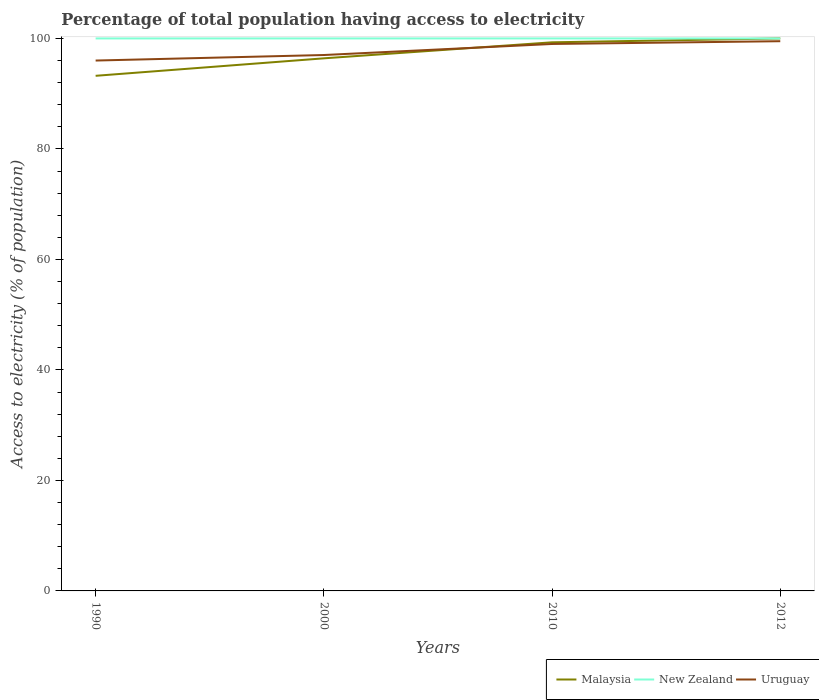
| Years | Malaysia | New Zealand | Uruguay |
 | --- | --- | --- | --- |
 | 1990 | 93.2 | 100 | 96 |
 | 2000 | 96.4 | 100 | 97 |
 | 2010 | 99.3 | 100 | 99 |
 | 2012 | 100 | 100 | 99.5 |